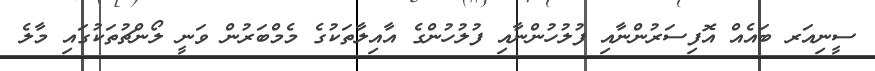
ސީނިއަރ ބައެއް އޮފިސަރުންނާއި ފުލުހުންނާއި ފުލުހުންގެ އާއިލާތަކުގެ މެމްބަރުން ވަނީ ލޯންޗުތަކުގައި މާލެ